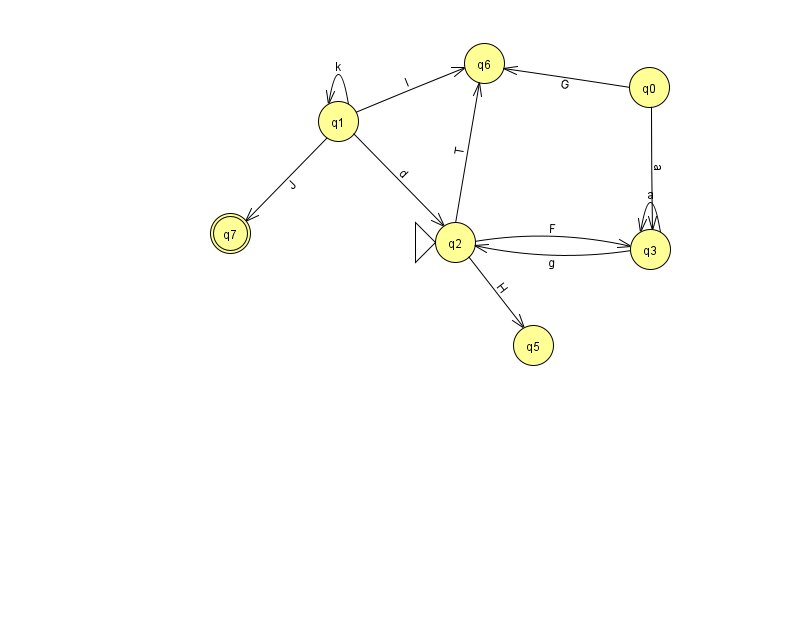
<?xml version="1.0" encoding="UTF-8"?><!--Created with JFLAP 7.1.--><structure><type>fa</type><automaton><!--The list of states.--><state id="0" name="q0"><x>649.0</x><y>74.0</y></state><state id="1" name="q1"><x>338.0</x><y>108.0</y></state><state id="2" name="q2"><x>455.0</x><y>229.0</y><initial/></state><state id="3" name="q3"><x>650.0</x><y>236.0</y></state><state id="5" name="q5"><x>533.0</x><y>332.0</y></state><state id="6" name="q6"><x>484.0</x><y>50.0</y></state><state id="7" name="q7"><x>230.0</x><y>220.0</y><final/></state><!--The list of transitions.--><transition><from>0</from><to>3</to><read>a</read></transition><transition><from>3</from><to>3</to><read>a</read></transition><transition><from>1</from><to>6</to><read>I</read></transition><transition><from>2</from><to>5</to><read>H</read></transition><transition><from>0</from><to>6</to><read>G</read></transition><transition><from>1</from><to>7</to><read>J</read></transition><transition><from>1</from><to>2</to><read>d</read></transition><transition><from>1</from><to>1</to><read>k</read></transition><transition><from>2</from><to>6</to><read>T</read></transition><transition><from>2</from><to>3</to><read>F</read></transition><transition><from>3</from><to>2</to><read>g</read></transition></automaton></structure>